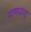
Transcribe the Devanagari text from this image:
नामधातुः